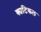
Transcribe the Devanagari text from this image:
क्यटिकल